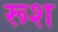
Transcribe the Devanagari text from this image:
रूश